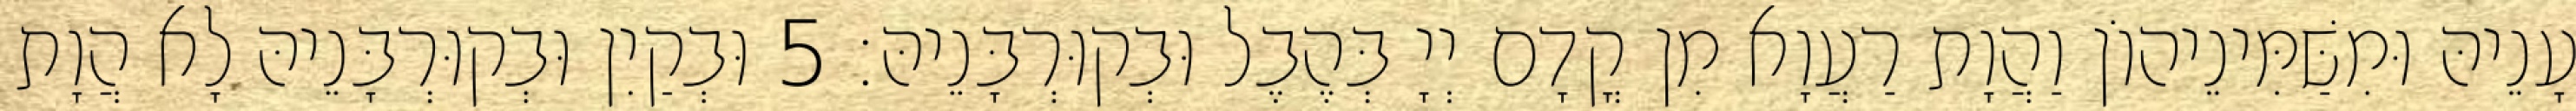
עָנֵיהּ וּמִשַּׁמִּינֵיהוֹן וַהֲוָת רַעֲוָא מִן קֳדָם יְיָ בְּהֶבֶל וּבְקוּרְבָּנֵיהּ׃ 5 וּבְקַיִן וּבְקוּרְבָּנֵיהּ לָא הֲוָת